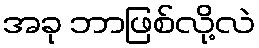
အခု ဘာဖြစ်လို့လဲ